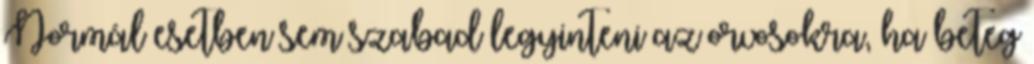
Normál esetben sem szabad legyinteni az orvosokra, ha beteg